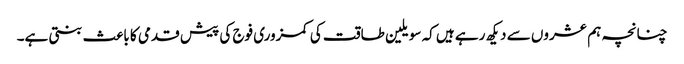
چنانچہ ہم عشروں سے دیکھ رہے ہیں کہ سویلین طاقت کی کمزوری فوج کی پیش قدمی کا باعث بنتی ہے۔